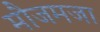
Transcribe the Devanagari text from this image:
मौजमजा